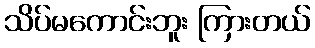
သိပ်မကောင်းဘူး ကြားတယ်